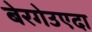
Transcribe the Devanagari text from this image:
बेरगेउएदा